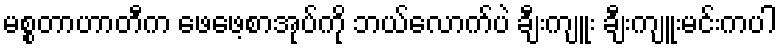
မစ္စတာဟာတီက ဖေဖေ့စာအုပ်ကို ဘယ်လောက်ပဲ ချီးကျူး ချီးကျူးမင်းကပါ